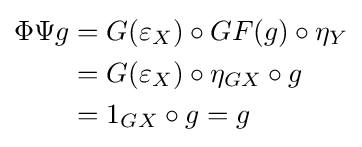
{\begin{aligned}\Phi \Psi g&=G(\varepsilon _{X})\circ GF(g)\circ \eta _{Y}\\&=G(\varepsilon _{X})\circ \eta _{GX}\circ g\\&=1_{GX}\circ g=g\end{aligned}}